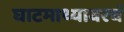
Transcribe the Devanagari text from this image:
घाटमाथ्यावरचं